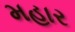
મહાર